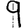
Digit: 9